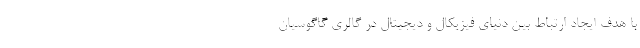
با هدف ایجاد ارتباط بین دنیای فیزیکال و دیجیتال در گالری گاگوسیان